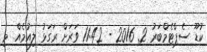
ކުޑޫ ސެޕްޓެމްބަރު 2